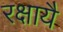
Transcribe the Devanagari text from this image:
रक्षायै